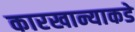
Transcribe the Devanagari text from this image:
कारखान्याकडे